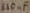
Text: 330µF